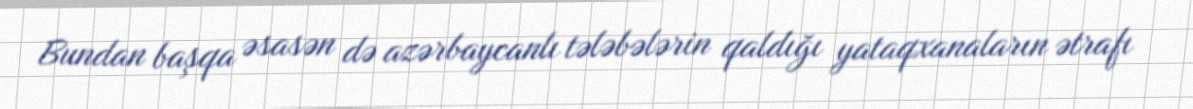
Bundan başqa əsasən də azərbaycanlı tələbələrin qaldığı yataqxanaların ətrafı